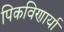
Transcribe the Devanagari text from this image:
पिकविणार्या